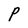
Character: P